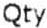
QTY